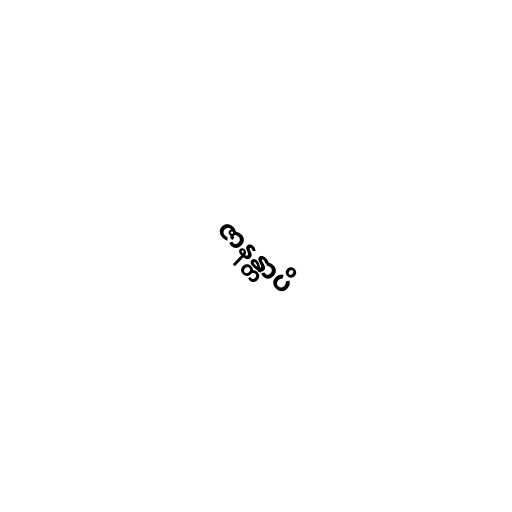
ဇာနန္တာပိ